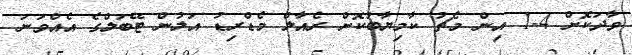
ވާދަކޮށް 4-1 އިން މެޗު ކާމިޔާބުކޮށް ރެއާލް މެޑްރިޑު އަލުން ޓޭބަލްގެ އެއްވަނަ